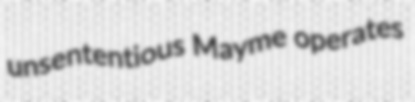
unsententious Mayme operates